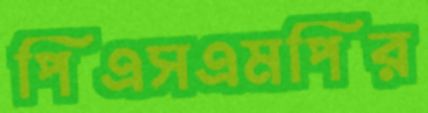
পিএসএমপির